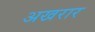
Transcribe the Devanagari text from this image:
अखरार